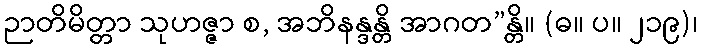
ဉာတိမိတ္တာ သုဟဇ္ဇာ စ, အဘိနန္ဒန္တိ အာဂတ”န္တိ။ (ဓ။ ပ။ ၂၁၉)၊